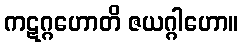
ကဋဂ္ဂဟောတိ ဇယဂ္ဂါဟော။